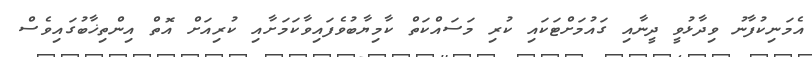
އެމަނިކުފާނު ވިދާޅުވީ ދީނާއި ގައުމަށްޓަކައި ކުރި މަސައްކަތް ކާމިޔާބުވެފައިވާކަމަށާއި ކުރިއަށް އޮތް އިންތިޚާބުގައިވެސް